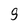
Character: 9